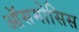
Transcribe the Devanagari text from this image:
ऑसमोसिस